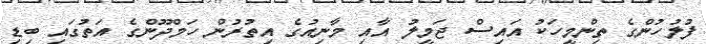
ފުލުހުންގެ ތިންމީހަކު އައިސް ޖަމީލު އާއި މާނިއުގެ އިތުރުން ހަމްދޫންގެ އަތުގައި ބިޑި